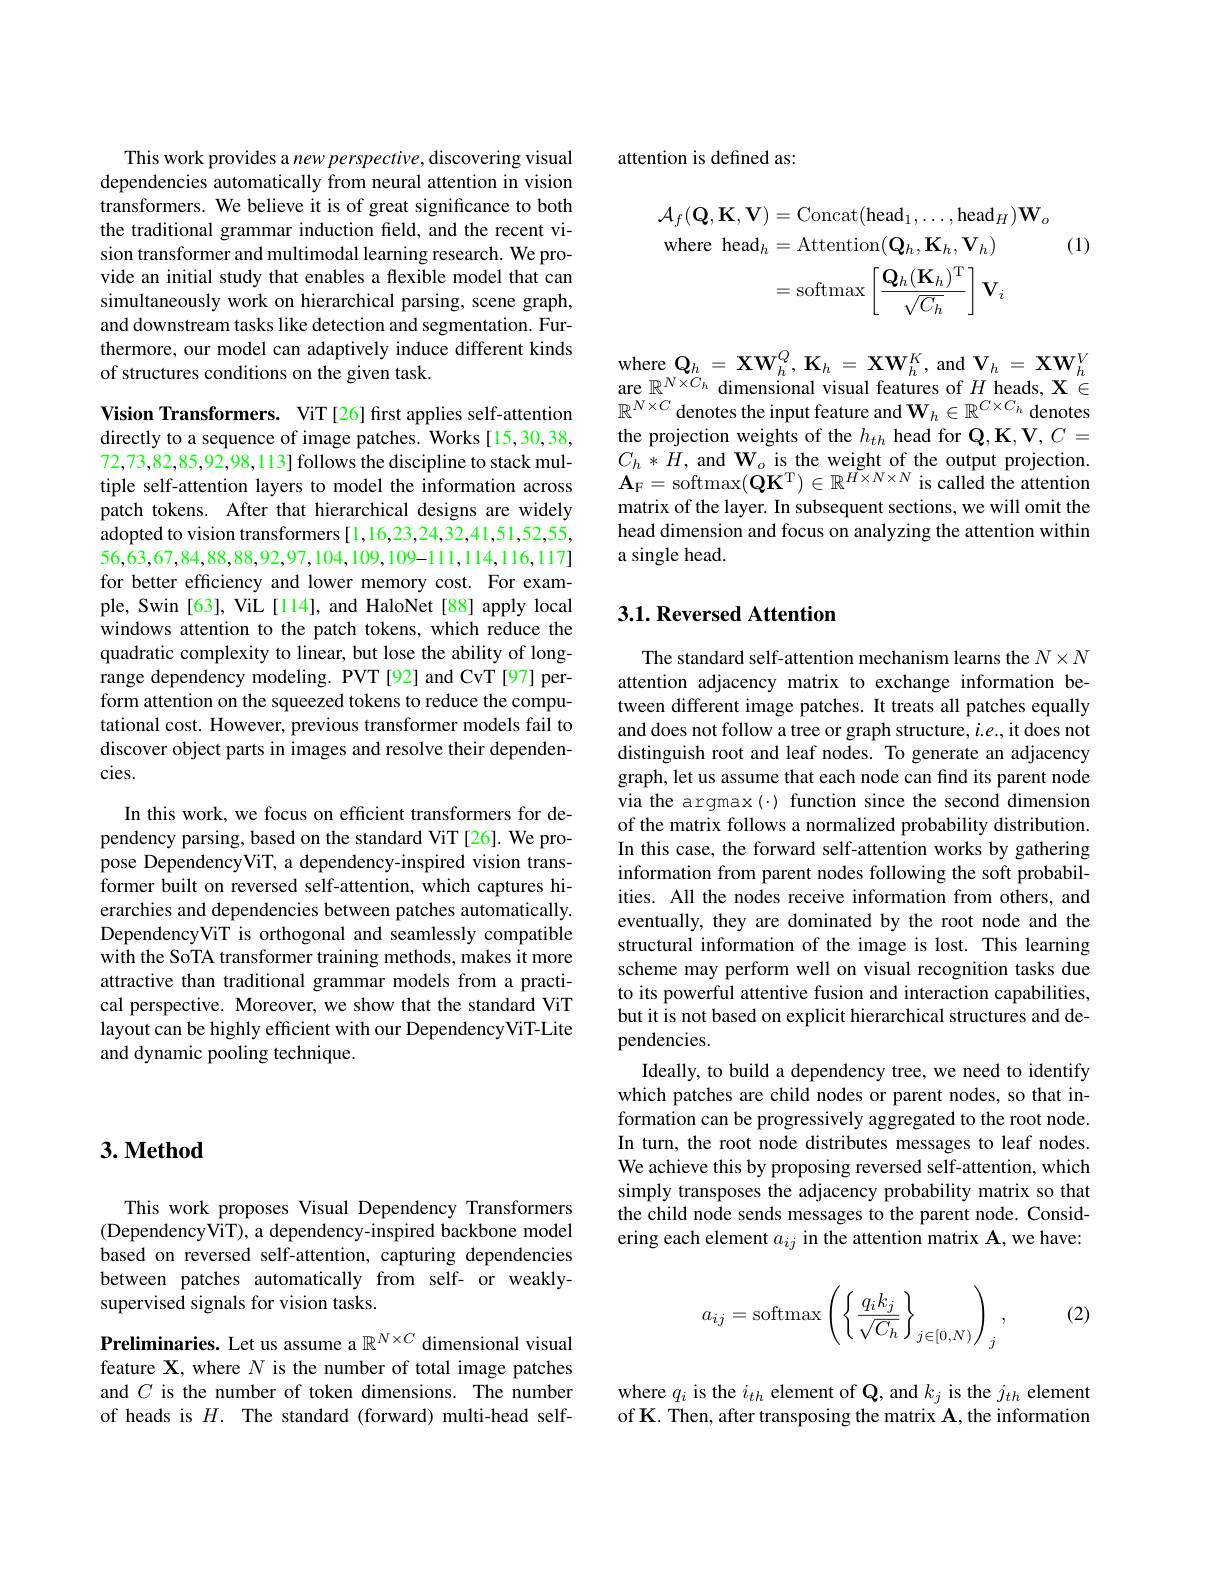
## $3. \textbf{Method}$

This work proposes Visual Dependency Transformers (DependencyViT), a dependency-inspired backbone model based on reversed self-attention, capturing dependencies between patches automatically from self- or weaklysupervised signals for vision tasks.

Preliminaries. Let us assume a $\mathbb{R}^{N\times C}$ dimensional visual feature X, where $N$ is the number of total image patches and $C$ is the number of token dimensions. The number of heads is $H.$ The standard (forward) multi-head self-

This work provides a new perspective, discovering visual dependencies automatically from neural attention in vision transformers. We believe it is of great significance to both the traditional grammar induction field, and the recent vision transformer and multimodal learning research. We provide an initial study that enables a flexible model that can simultaneously work on hierarchical parsing, scene graph, and downstream tasks like detection and segmentation. Furthermore, our model can adaptively induce different kinds of structures conditions on the given task.

Vision Transformers. ViT [26] first applies self-attention directly to a sequence of image patches. Works [15,30,38, 72,73,82,85,92,98,113] follows the discipline to stack multiple self-attention layers to model the information across patch tokens. After that hierarchical designs are widely adopted to vision transformers [1,16,23,24,32,41,51,52,55, 56,63,67,84,88,88,92,97,104,109,109-111,114,116,117] for better efficiency and lower memory cost. For example, Swin [63], ViL [114], and HaloNet [88] apply local windows attention to the patch tokens, which reduce the quadratic complexity to linear, but lose the ability of longrange dependency modeling. PVT [92] and CvT [97] perform attention on the squeezed tokens to reduce the computational cost. However, previous transformer models fail to discover object parts in images and resolve their dependencies.

In this work, we focus on efficient transformers for dependency parsing, based on the standard ViT[26]. We propose DependencyViT, a dependency-inspired vision transformer built on reversed self-attention, which captures hierarchies and dependencies between patches automatically. DependencyViT is orthogonal and seamlessly compatible with the SoTA transformer training methods, makes it more attractive than traditional grammar models from a practical perspective. Moreover, we show that the standard ViT layout can be highly efficient with our DependencyViT-Lite and dynamic pooling technique.

attention is defined as:
$$\begin{aligned}\mathcal{A}_{f}(\mathbf{Q},\mathbf{K},\mathbf{V})&=\mathrm{Concat}(\mathrm{head}_{1},\ldots,\mathrm{head}_{H})\mathbf{W}_{o}\\\mathrm{where~head}_{h}&=\mathrm{Attention}(\mathbf{Q}_{h},\mathbf{K}_{h},\mathbf{V}_{h})\\&=\mathrm{softmax}\left[\frac{\mathbf{Q}_{h}(\mathbf{K}_{h})^{\mathrm{T}}}{\sqrt{C_{h}}}\right]\mathbf{V}_{i}\end{aligned}$$
(1)

$\operatorname { \mathrm{where~}\mathbf{Q} } _{h}= \mathbf{X} W_{h}^{Q}, \mathbf{K} _{h}= \mathbf{X} W_{h}^{K}$, and$\mathbf V_{h}=\mathbf XW_{h}^{V}$ are $\mathbb{R}^{N\times C_{h}}$ dimensional visual features of $H$ heads, $\mathbf{X}\in\mathbb{R}^{N\times C_{h}}$ dimensional visual features of $H$ heads, $\mathbf{X}\in\mathbb{R}^{N\times C_{h}}$ dimensional visucl features of $H$ heads, $\mathbf{X}\in\mathbb{R}^{N\times C_{h}}$ $\mathbb{R}^{N\times C}$ denotes the input feature and $\mathbf{W}_h\in\mathbb{R}^{C\times C_h}$ denotes the projection weights of the $h_{th}$ head for Q$,\mathbf{K},\mathbf{V},C=$ $C_{h}*H$, and W$_o$ is the weight of the output projection. $\mathbf{A}_{\mathrm{F}}=$softmax$(\tilde{\mathbf{Q}}\mathbf{K}^{\mathrm{T}})\in\mathbb{R}^{H\times N\times N}$ is called the attention matrix of the layer. In subsequent sections, we will omit the head dimension and focus on analyzing the attention within a single head.

## 3.1. Reversed Attention

The standard self-attention mechanism learns the $N\times N$ attention adjacency matrix to exchange information between different image patches. It treats all patches equally and does not follow a tree or graph structure, $i.e.$,it does not distinguish root and leaf nodes. To generate an adjacency graph, let us assume that each node can find its parent node via the argmax (·) function since the second dimension of the matrix follows a normalized probability distribution. In this case, the forward self-attention works by gathering information from parent nodes following the soft probabilities. All the nodes receive information from others, and eventually, they are dominated by the root node and the structural information of the image is lost. This learning scheme may perform well on visual recognition tasks due to its powerful attentive fusion and interaction capabilities, but it is not based on explicit hierarchical structures and dependencies.
Ideally, to build a dependency tree, we need to identify which patches are child nodes or parent nodes, so that information can be progressively aggregated to the root node. In turn, the root node distributes messages to leaf nodes. We achieve this by proposing reversed self-attention, which simply transposes the adjacency probability matrix so that the child node sends messages to the parent node. Considering each element $a_ij$ in the attention matrix A, we have:
$$a_{ij}=\operatorname{softmax}\left(\left\{\frac{q_ik_j}{\sqrt{C_h}}\right\}_{j\in[0,N)}\right)_j,$$
(2)

where $q_i$ is the $i_th$ element of Q, and $k_j$ is the $j_th$ element of K. Then, after transposing the matrix $\mathbf{A}$,the information